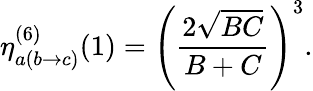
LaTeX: \eta_{a(b\rightarrow c)}^{(6)}(1)=\left({\frac{2\sqrt{BC}}{B+C}}\right)^{3}.